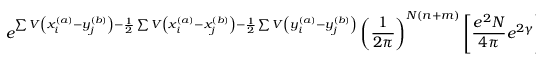
e ^ { \sum V \left( x _ { i } ^ { ( a ) } - y _ { j } ^ { ( b ) } \right) - \frac { 1 } { 2 } \sum V \left( x _ { i } ^ { ( a ) } - x _ { j } ^ { ( b ) } \right) - \frac { 1 } { 2 } \sum V \left( y _ { i } ^ { ( a ) } - y _ { j } ^ { ( b ) } \right) } \left( \frac { 1 } { 2 \pi } \right) ^ { N ( n + m ) } \left[ \frac { e ^ { 2 } N } { 4 \pi } e ^ { 2 \gamma } \right] ^ { \frac { N ( n - m ) ^ { 2 } } { 2 } } \; \; \; .